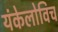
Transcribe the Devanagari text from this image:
यंकेलोविच